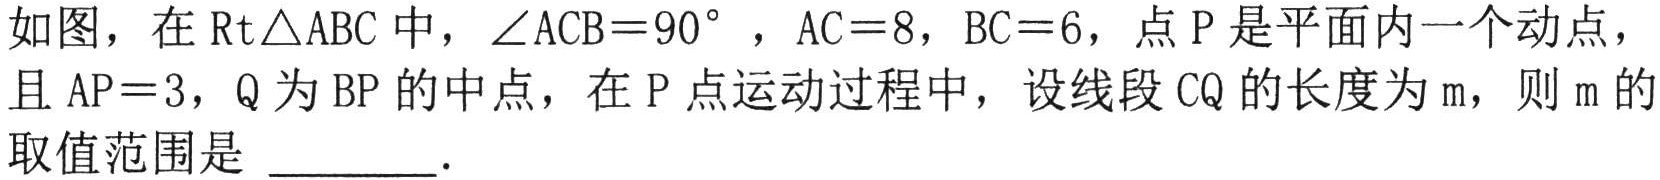
如图，在\(\text{Rt}\triangle ABC\)中，\(\angle ACB = 90^{\circ}\)，\(AC = 8\)，\(BC = 6\)，点\(P\)是平面内一个动点，
且\(AP = 3\)，\(Q\)为\(BP\)的中点，在\(P\)点运动过程中，设线段\(CQ\)的长度为\(m\)，则\(m\)的
取值范围是  ．